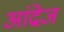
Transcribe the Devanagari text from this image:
आंद्रेज